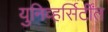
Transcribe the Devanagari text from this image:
युनिव्हर्सिर्टींत